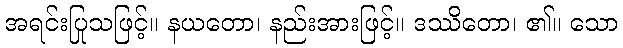
အရင်းပြုသဖြင့်။ နယတော၊ နည်းအားဖြင့်။ ဒဿိတော၊ ၏။ သော